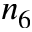
n _ { 6 }